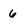
Character: 6